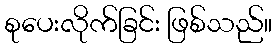
စုပေးလိုက်ခြင်း ဖြစ်သည်။